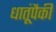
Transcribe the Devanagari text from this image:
धातूंपैकी